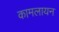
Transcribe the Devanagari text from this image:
कामलायन